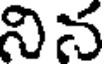
నిన